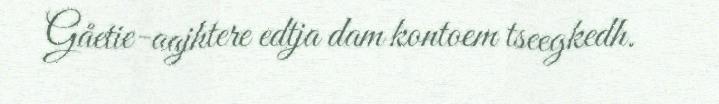
Gåetie-aajhtere edtja dam kontoem tseegkedh.